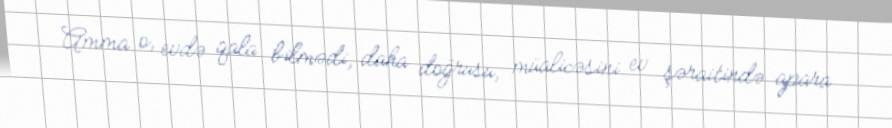
Amma o, evdə qala bilmədi, daha doğrusu, müalicəsini ev şəraitində apara